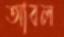
আবল